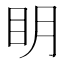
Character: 眀